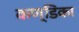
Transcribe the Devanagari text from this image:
कण्‍डिका